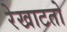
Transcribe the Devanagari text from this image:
रेखाटतो